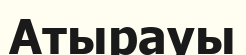
Атырауы